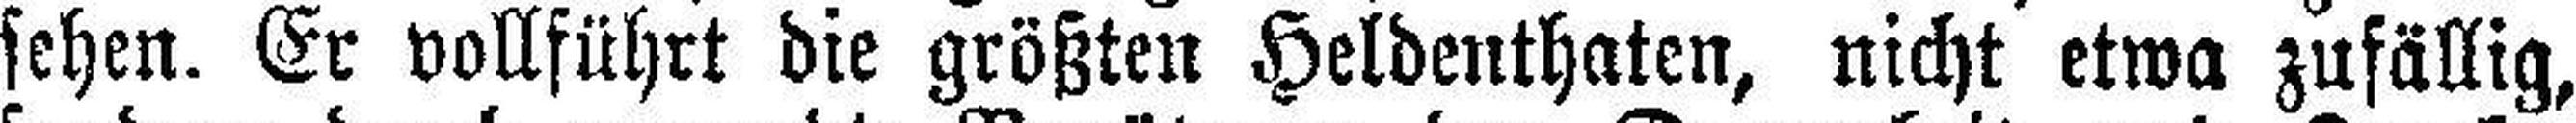
sehen. Er vollführt die größten Heldenthaten, nicht etwa zufällig,